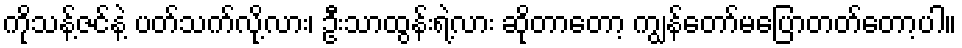
ကိုသန့်ဇင်နဲ့ ပတ်သက်လို့လား၊ ဦးသာထွန်းရဲ့လား ဆိုတာတော့ ကျွန်တော်မပြောတတ်တော့ပါ။